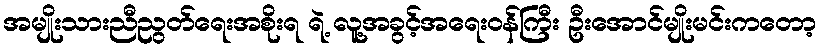
အမျိုးသားညီညွတ်ရေးအစိုးရ ရဲ့ လူ့အခွင့်အရေးဝန်ကြီး ဦးအောင်မျိုးမင်းကတော့